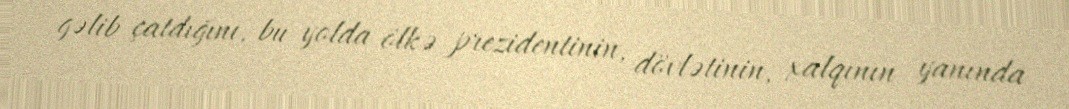
gəlib çatdığını, bu yolda ölkə prezidentinin, dövlətinin, xalqının yanında